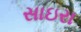
સાઇરા